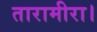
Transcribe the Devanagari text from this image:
तारामीरा।